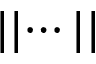
\lvert \lvert \cdots \lvert \lvert